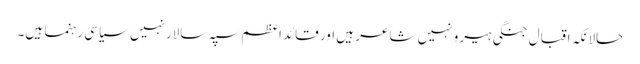
حالانکہ اقبال جنگی ہیرو نہیں شاعر ہیں اور قائداعظم سپہ سالارنہیں سیاسی رہنما ہیں۔